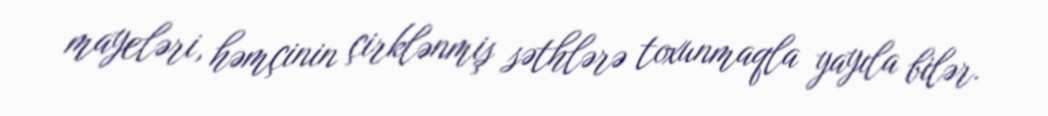
mayeləri, həmçinin çirklənmiş səthlərə toxunmaqla yayıla bilər.